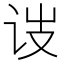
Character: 𬣥